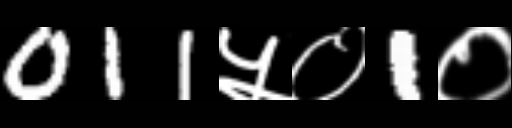
Text: 011५०1०